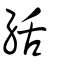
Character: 絬